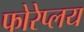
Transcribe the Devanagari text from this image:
फोरेप्लय